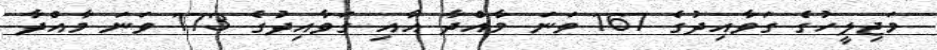
މަޖިލީހުގެ ގަވާއިދުގެ 167 ވަނަ މާއްދާ އާއި ގަވާއިދުގެ 173 ވަނަ މާއްދާ